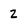
Character: 2